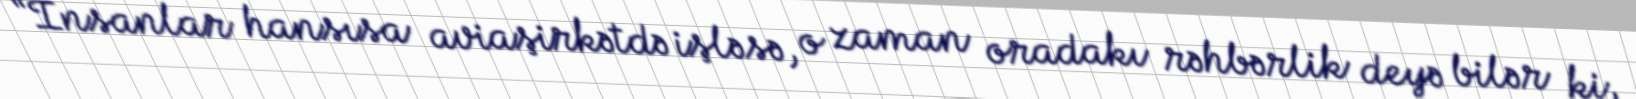
“İnsanlar hansısa aviaşirkətdə işləsə, o zaman oradakı rəhbərlik deyə bilər ki,